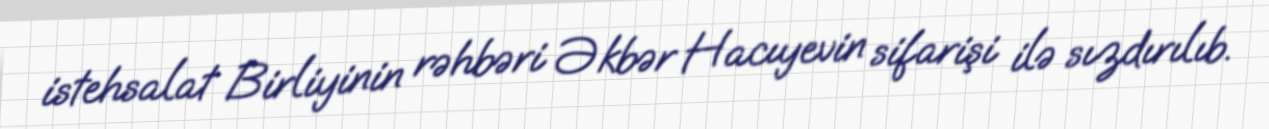
istehsalat Birliyinin rəhbəri Əkbər Hacıyevin sifarişi ilə sızdırılıb.